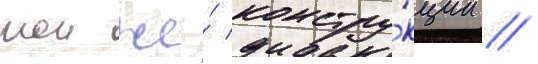
тои же́ констру́кции //